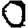
Digit: 0